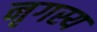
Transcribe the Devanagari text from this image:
नृगस्य